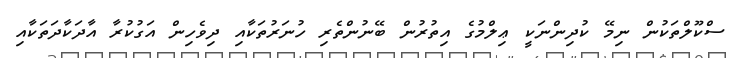
ސްކޫލްތަކުން ނިމޭ ކުދިންނަކީ ޢިލްމުގެ އިތުރުން ބޭނުންތެރި ހުނަރުތަކާއި ދިވެހިން އަގުކުރާ އާދަކާދަތަކާއި